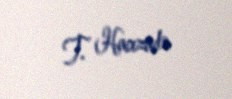
T. Hacızadə